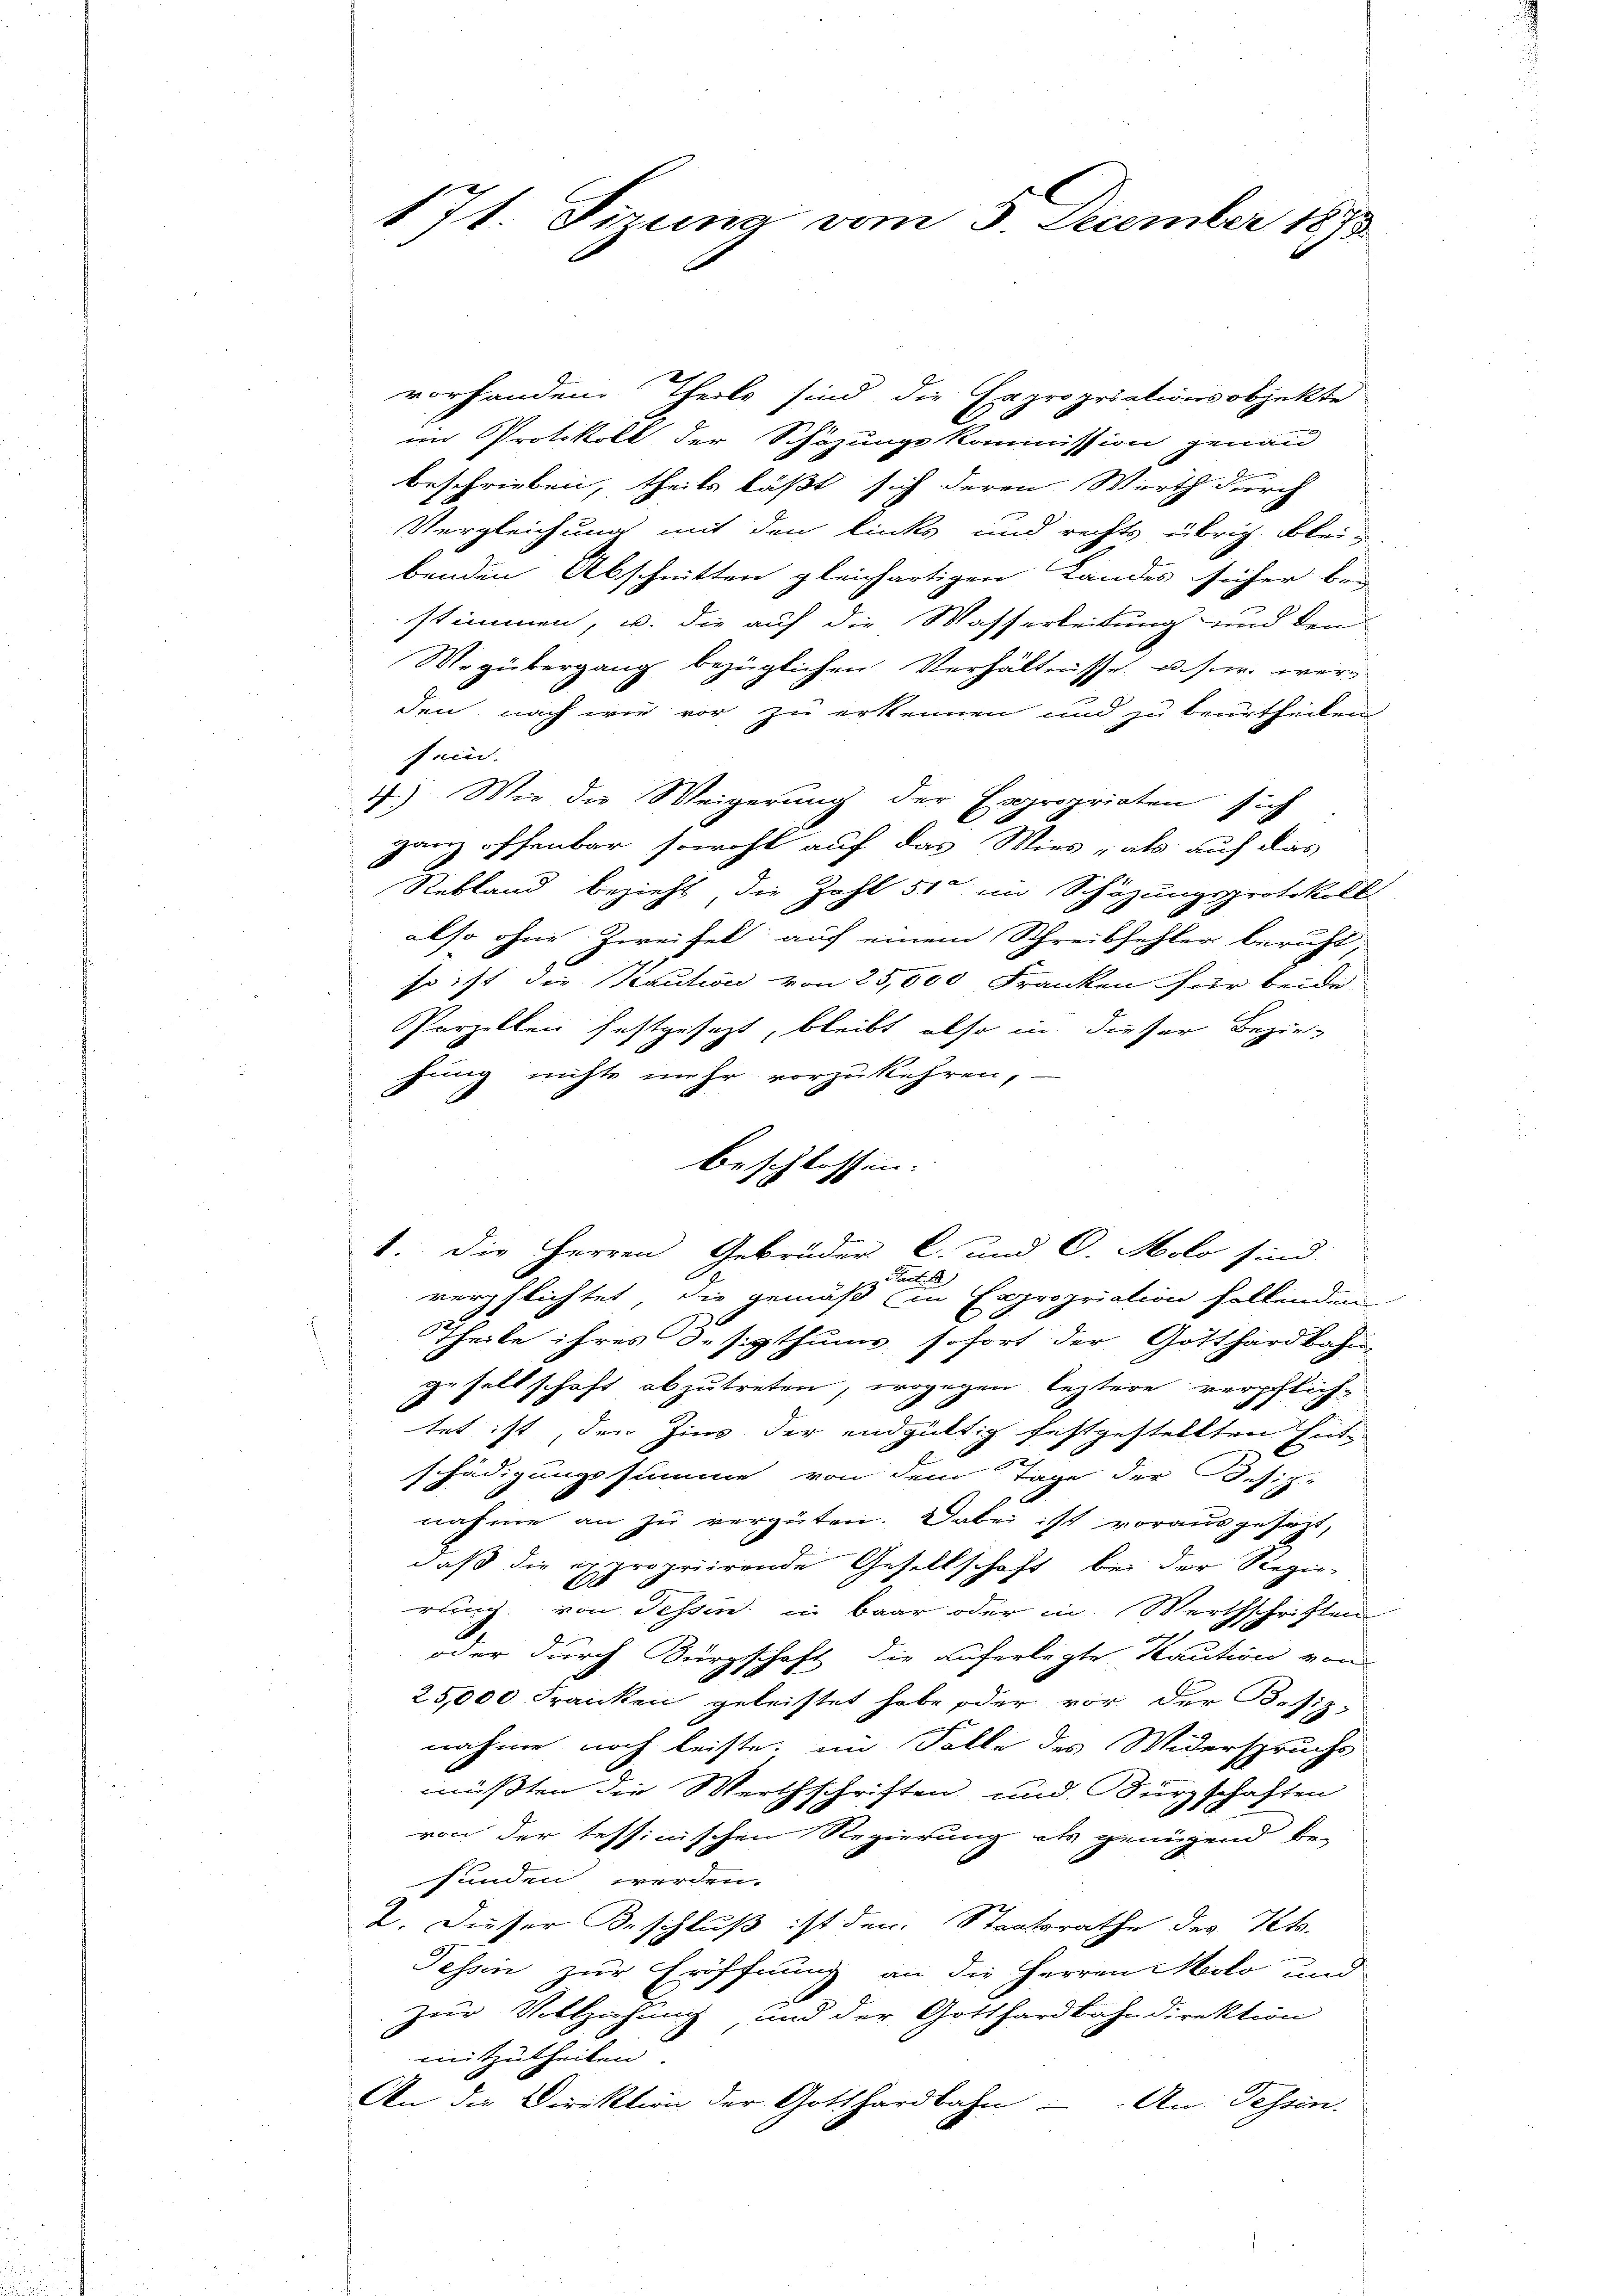
171. Sirung vom 3. December 1873.

vorhanden Theile sind die Expropriationsobjekte
em Protokoll der Schazungskommission jenau
e
beschrieben, theils läßt sich deren Wirth durch
Vergleichung mit den links und rechts übrig bleibenden Abschnitten gleichartigen Landes sicher bei
stimmen, u. die auf die Wasserleitung und den
Wegübergang bezüglichen Verhältnisse u. s. w. werden, nach wie vor zu erkennen und zu beurtheilen
sein.
4.) Wir die Weigerung der Expropriaten sich
ganz offenbar sowohl auf das Wies, als auf das
Rebland bezieht, die Zahl 51 im Schäzungsprotokoll
also ohne Zweifel auf einem Schreibfehler beruht,
so ist die Kaution von 25,000 Franken für beide
Parzellen festgesezt, bleibt also in dieser Bezie-
hung nichts mehr vorzukehren,
1. Die Herren Gebrüder C. und C. Molo sind
Pact. Aa.)
verpflichtet, die gemäß in Expropriation follenden
Theile ihres desigthums sofort der Gotthardbahn
gesellschaft abzutreten, wogegen leztere verpflichtet ist, den Zins der endgültig festgestellten Entschädigungssumme von dem Tage der Defiz-
nahme an zu vergüten. Dabei ist vorausgesezt,
daß die expropriirende Gesellschaft bei der Regie-
rung von Tessin in baar oder in Werthschriften

oder durch Bürgschaft die auferlegte Kaution von
25,000 Franken geleistet habe oder vor der Besiz-
nahme noch leiste, im Falle des Widerspruchs
mußten die Werthschriften und Kurzschaften
von der tessinischen Regierung als genügend be-
funden werden.
2. Dieser Beschluß ist den Staatsrathe des Kts.
Tessin zur Eröffnung an die Herren Molo und
zur Vollziehung und der Gotthardbahndirektion
mitzutheilen.
An die Direktion der Gotthardbahn-An Tessin.

beschlossen. |